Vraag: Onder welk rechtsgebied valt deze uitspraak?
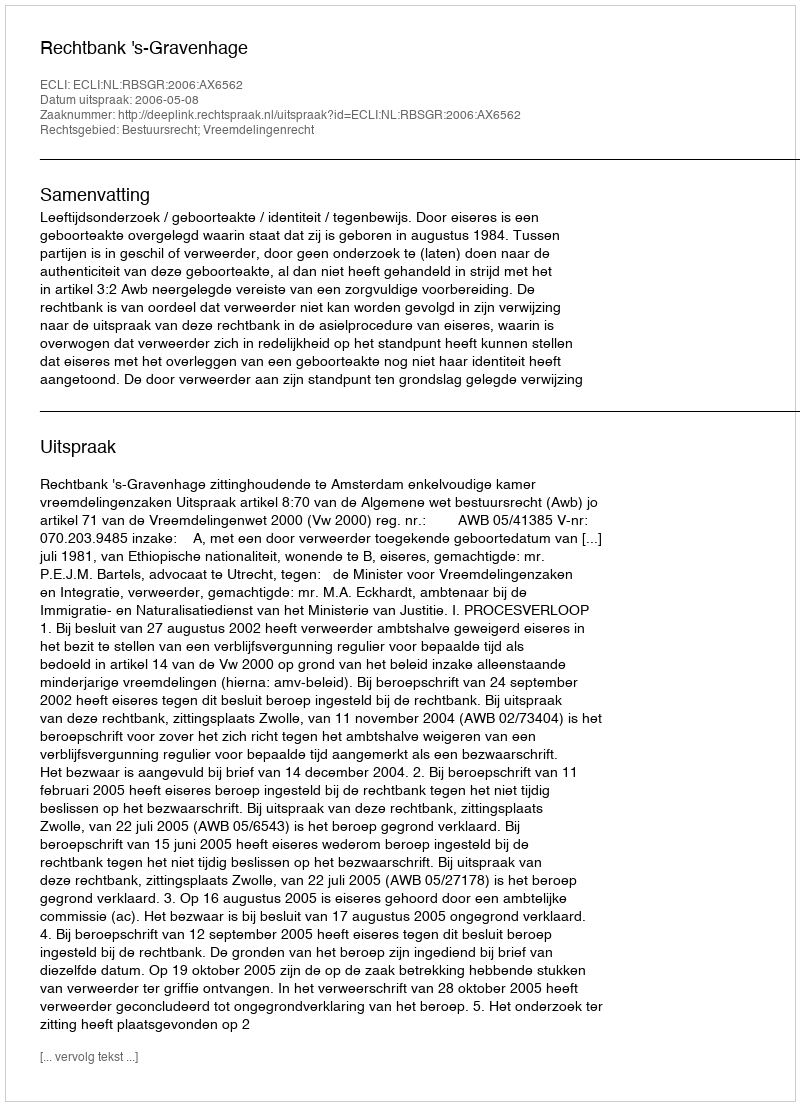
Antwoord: Bestuursrecht; Vreemdelingenrecht